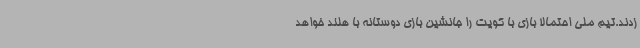
زدند.تیم ملی احتمالا بازی با کویت را جانشین بازی دوستانه با هلند خواهد